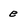
Character: e